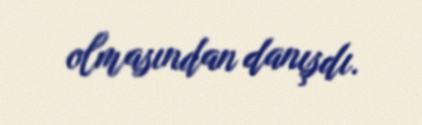
olmasından danışdı.